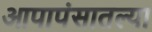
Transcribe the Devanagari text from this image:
आपापंसातल्या